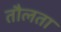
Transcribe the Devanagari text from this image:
तौलता